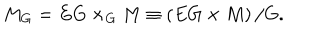
M _ { G } = E G \times _ { G } M \equiv \left( E G \times M \right) / G .